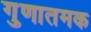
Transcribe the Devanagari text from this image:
गुणातमक